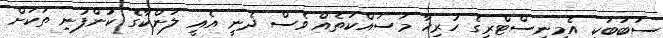
ސަބަބަކީ އެމިނިސްޓްރީގެ ހުރިހާ މަސައްކަތެއް ވެސް ދެނީ އެއީ ލަންކާގެ ކުންފުނި ތަކަށް